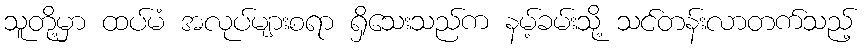
သူတို့မှာ ထပ်မံ အလုပ်များစရာ ရှိသေးသည်က နမ့်ခမ်းသို့ သင်တန်းလာတက်သည့်